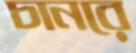
চানরে